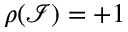
\rho ( \mathcal { I } ) = + 1